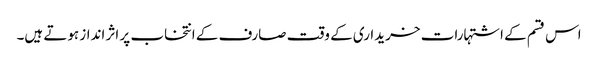
اس قسم کے اشتہارات خریداری کے وقت صارف کے انتخاب پر اثر انداز ہوتے ہیں۔